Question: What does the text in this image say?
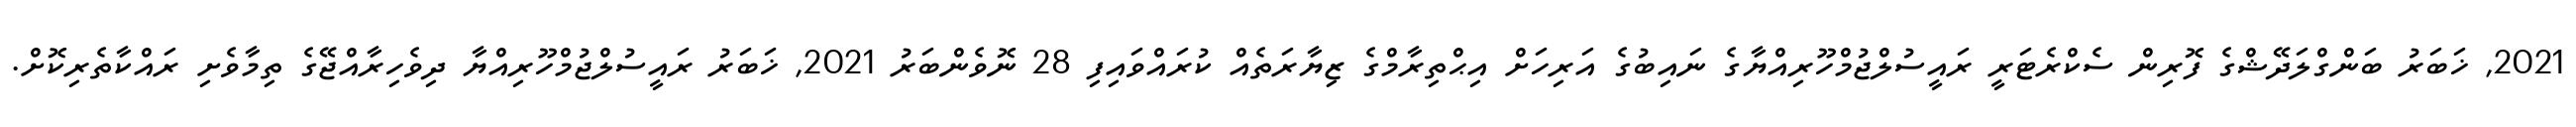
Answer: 2021, ޚަބަރު ބަންގްލަދޭޝްގެ ފޮރިން ސެކްރެޓަރީ ރައީސުލްޖުމްހޫރިއްޔާގެ ނައިބުގެ އަރިހަށް އިޙްތިރާމްގެ ޒިޔާރަތެއް ކުރައްވައިފި 28 ނޮވެންބަރު 2021, ޚަބަރު ރައީސުލްޖުމްހޫރިއްޔާ ދިވެހިރާއްޖޭގެ ތިމާވެށި ރައްކާތެރިކޮށް.